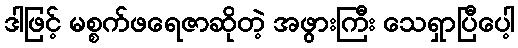
ဒါဖြင့် မစ္စက်ဖရေဇာဆိုတဲ့ အဖွားကြီး သေရှာပြီပေါ့